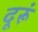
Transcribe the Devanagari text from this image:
दूरूं